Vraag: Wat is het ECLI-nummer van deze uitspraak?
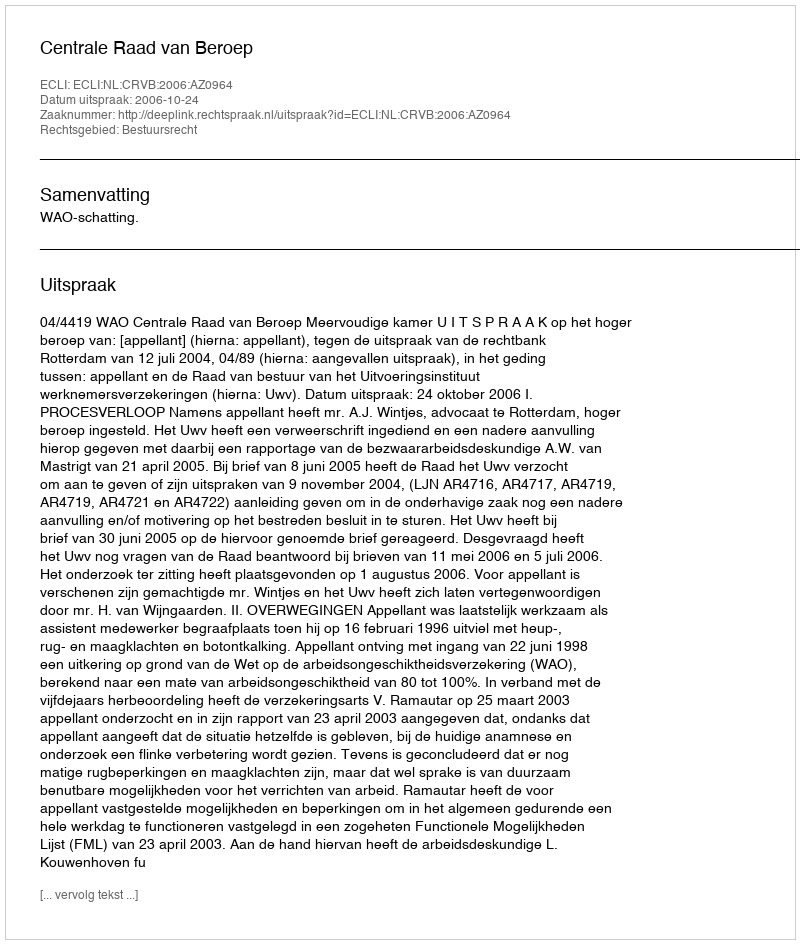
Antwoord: ECLI:NL:CRVB:2006:AZ0964